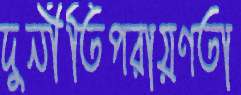
দুর্নীতিপরায়ণতা